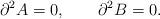
LaTeX: \begin{align*}\partial^2 A = 0 , \qquad \partial^2 B = 0 .\end{align*}